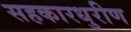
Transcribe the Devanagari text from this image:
सहकारधुरीण